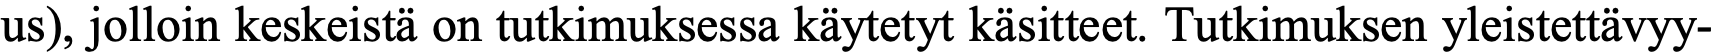
us), jolloin keskeistä on tutkimuksessa käytetyt käsitteet. Tutkimuksen yleistettävyy-